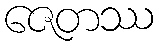
ဇေတဿ